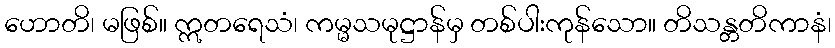
ဟောတိ၊ မဖြစ်။ ဣတရေသံ၊ ကမ္မသမုဋ္ဌာန်မှ တစ်ပါးကုန်သော။ တိသန္တတိကာနံ၊